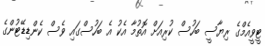
ޓީވީއެމްގެ ރިޔާސީ ބަހުސް ކުރިއަށް އޮތުމާ އެކު އެ ބަހުސްގައި ވެސް ކެންޑިޑޭޓުންގެ